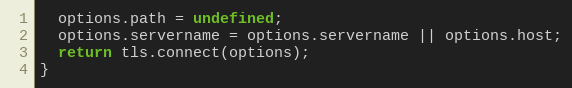
Language: JavaScript
  options.path = undefined;
  options.servername = options.servername || options.host;
  return tls.connect(options);
}